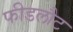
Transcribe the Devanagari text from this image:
फीडलौट